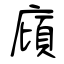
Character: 廎